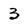
Character: 3